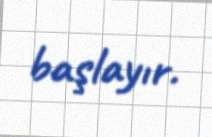
başlayır.